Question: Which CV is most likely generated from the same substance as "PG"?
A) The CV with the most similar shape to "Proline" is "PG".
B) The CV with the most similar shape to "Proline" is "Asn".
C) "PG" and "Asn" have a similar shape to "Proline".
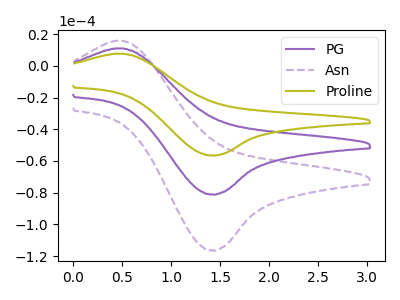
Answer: <think>The purple curve "PG" has an anodic peak at (0.45V, 11.05uA) and a cathodic peak at (1.40V, -81.10uA). The purple dashed curve "Asn" has an anodic peak at (0.45V, 22.05uA) and a cathodic peak at (1.40V, -162.20uA). The olive curve "Proline" has an anodic peak at (0.45V, 7.70uA) and a cathodic peak at (1.40V, -56.50uA).
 All the peaks in "PG" have a peak in "Asn" at the same potential. Every peak in "PG" is lower than every peak in "Asn". All the peaks in "PG" have a peak in "Proline" at the same potential. Every peak in "PG" is higher than every peak in "Proline". All the peaks in "Asn" have a peak in "Proline" at the same potential. Every peak in "Asn" is higher than every peak in "Proline".</think>
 <answer>C) "PG" and "Asn" have a similar shape to "Proline".</answer>
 <eval>C</eval>